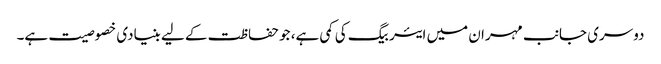
دوسری جانب مہران میں ایئربیگ کی کمی ہے، جو حفاظت کے لیے بنیادی خصوصیت ہے۔